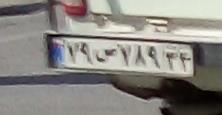
۷۹س۷۸۹۳۴